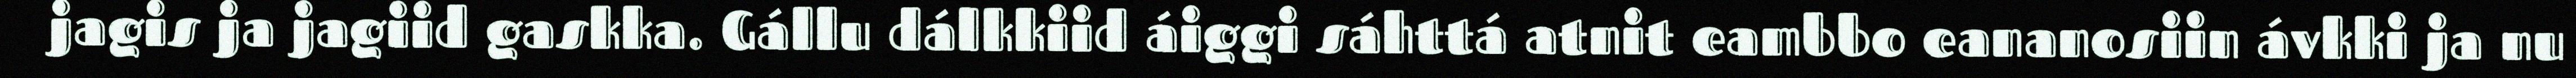
jagis ja jagiid gaskka. Gállu dálkkiid áiggi sáhttá atnit eambbo eananosiin ávkki ja nu